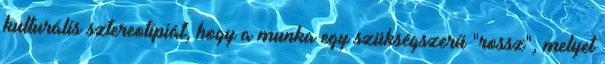
kulturális sztereotípiát, hogy a munka egy szükségszerű "rossz", melyet